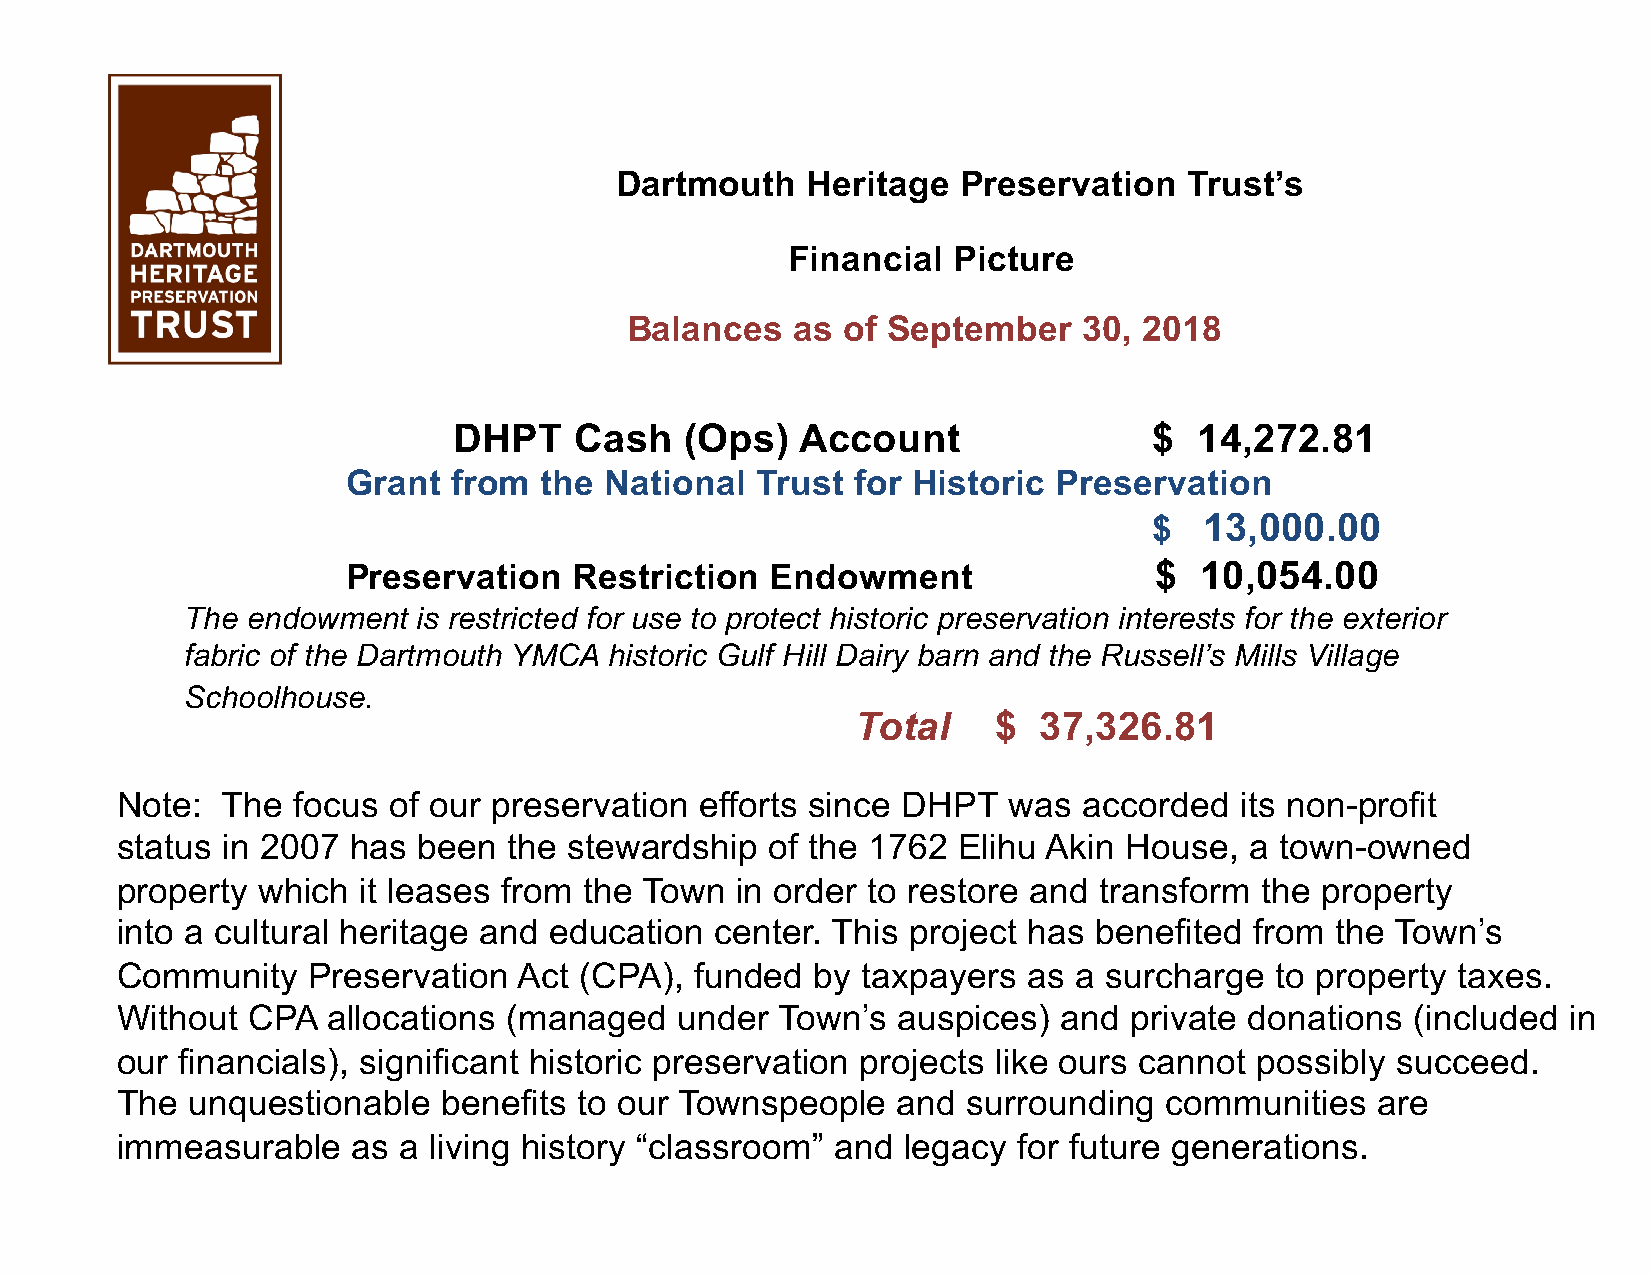
Dartmouth   Heritage   Preservation   Trust’s
 Financial  Picture
 Balances    as of September    30, 2018
 DHPT    Cash   (Ops)   Account                $  14,272.81
 Grant  from  the National  Trust  for Historic Preservation
 $   13,000.00
 Preservation   Restriction  Endowment                $  10,054.00
 The endowment   is restricted for use to protect historic preservation interests for the exterior
 fabric of the Dartmouth YMCA historic Gulf Hill Dairy barn and the Russell’s Mills Village
 Schoolhouse.
 Total    $  37,326.81
 Note:  The focus  of our preservation efforts since DHPT   was  accorded  its non-profit
 status in 2007 has  been  the stewardship  of the 1762 Elihu Akin House,   a town-owned
 property which  it leases from the Town  in order to restore and transform the property
 into a cultural heritage and education center. This project has benefited  from the Town’s
 Community   Preservation  Act (CPA),  funded  by taxpayers  as a surcharge  to property taxes.
 Without CPA   allocations (managed   under  Town’s auspices)  and  private donations  (included in
 our financials), significant historic preservation projects like ours cannot possibly succeed.
 The  unquestionable  benefits to our Townspeople   and  surrounding  communities   are
 immeasurable   as a living history “classroom” and  legacy for future generations.